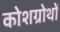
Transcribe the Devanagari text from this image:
कोशग्रोथों